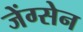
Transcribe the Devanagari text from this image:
जेंग्सेन